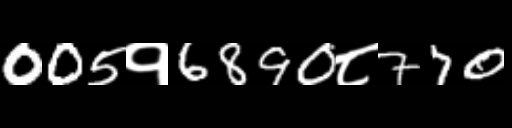
Text: 005१6890८770